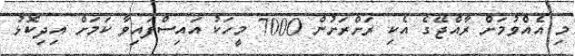
މި އެއްވުމަށް ރާއްޖޭގެ އެކި ރަށްރަށުން 7000 މީހަކު އައިސްފައިވާ ކަމަށް އިދިކޮޅު